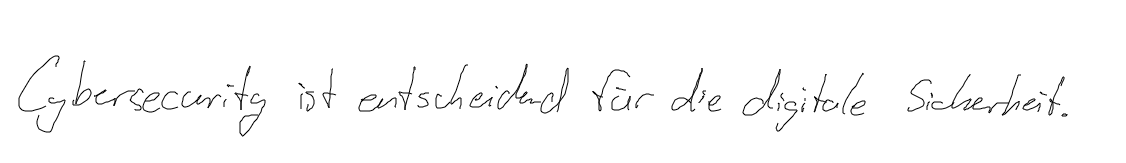
Cybersecurity ist entscheidend für die digitale Sicherheit.